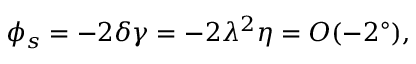
\phi _ { s } = - 2 \delta \gamma = - 2 \lambda ^ { 2 } \eta = { \cal O } ( - 2 ^ { \circ } ) ,